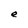
Character: e